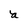
Character: a